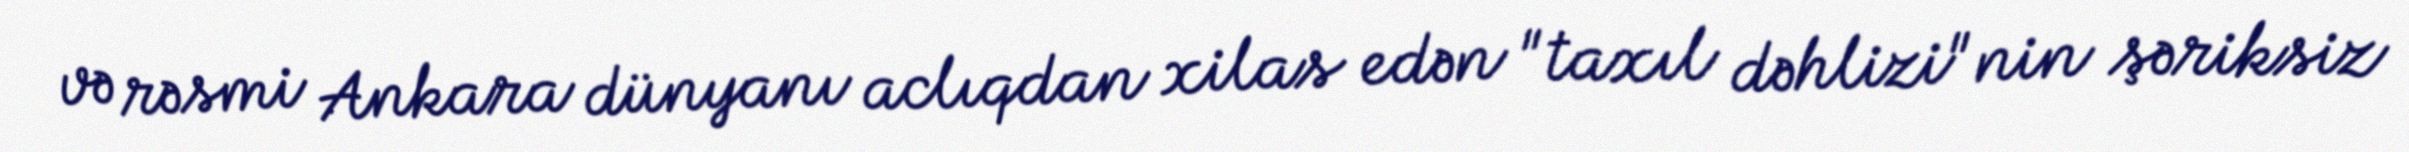
və rəsmi Ankara dünyanı aclıqdan xilas edən "taxıl dəhlizi"nin şəriksiz